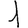
Digit: 1